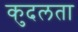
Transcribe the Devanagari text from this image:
कुदलता